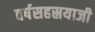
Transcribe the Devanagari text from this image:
वर्षसहस्रयाजी